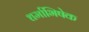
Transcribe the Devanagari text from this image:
धर्माभिषेक